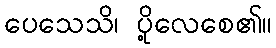
ပေသေသိ၊ ပို့လေစေ၏။